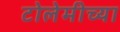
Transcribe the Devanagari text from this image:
टोलेमीच्या